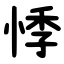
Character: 悸